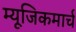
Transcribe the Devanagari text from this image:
म्यूजिकमार्च